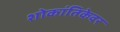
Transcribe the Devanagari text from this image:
शोकांतिकेवर